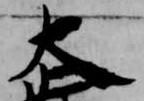
大